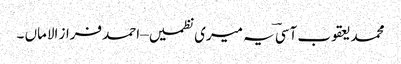
محمد یعقوب آسیؔ یہ میری نظمیں– احمد فراز الاماں ۔